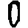
Digit: 0